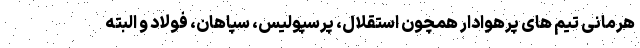
هرمانی تیم های پرهوادار همچون استقلال، پرسپولیس، سپاهان، فولاد و البته